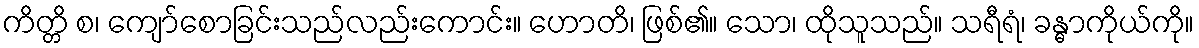
ကိတ္တိ စ၊ ကျော်စောခြင်းသည်လည်းကောင်း။ ဟောတိ၊ ဖြစ်၏။ သော၊ ထိုသူသည်။ သရီရံ၊ ခန္ဓာကိုယ်ကို။